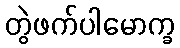
တွဲဖက်ပါမောက္ခ